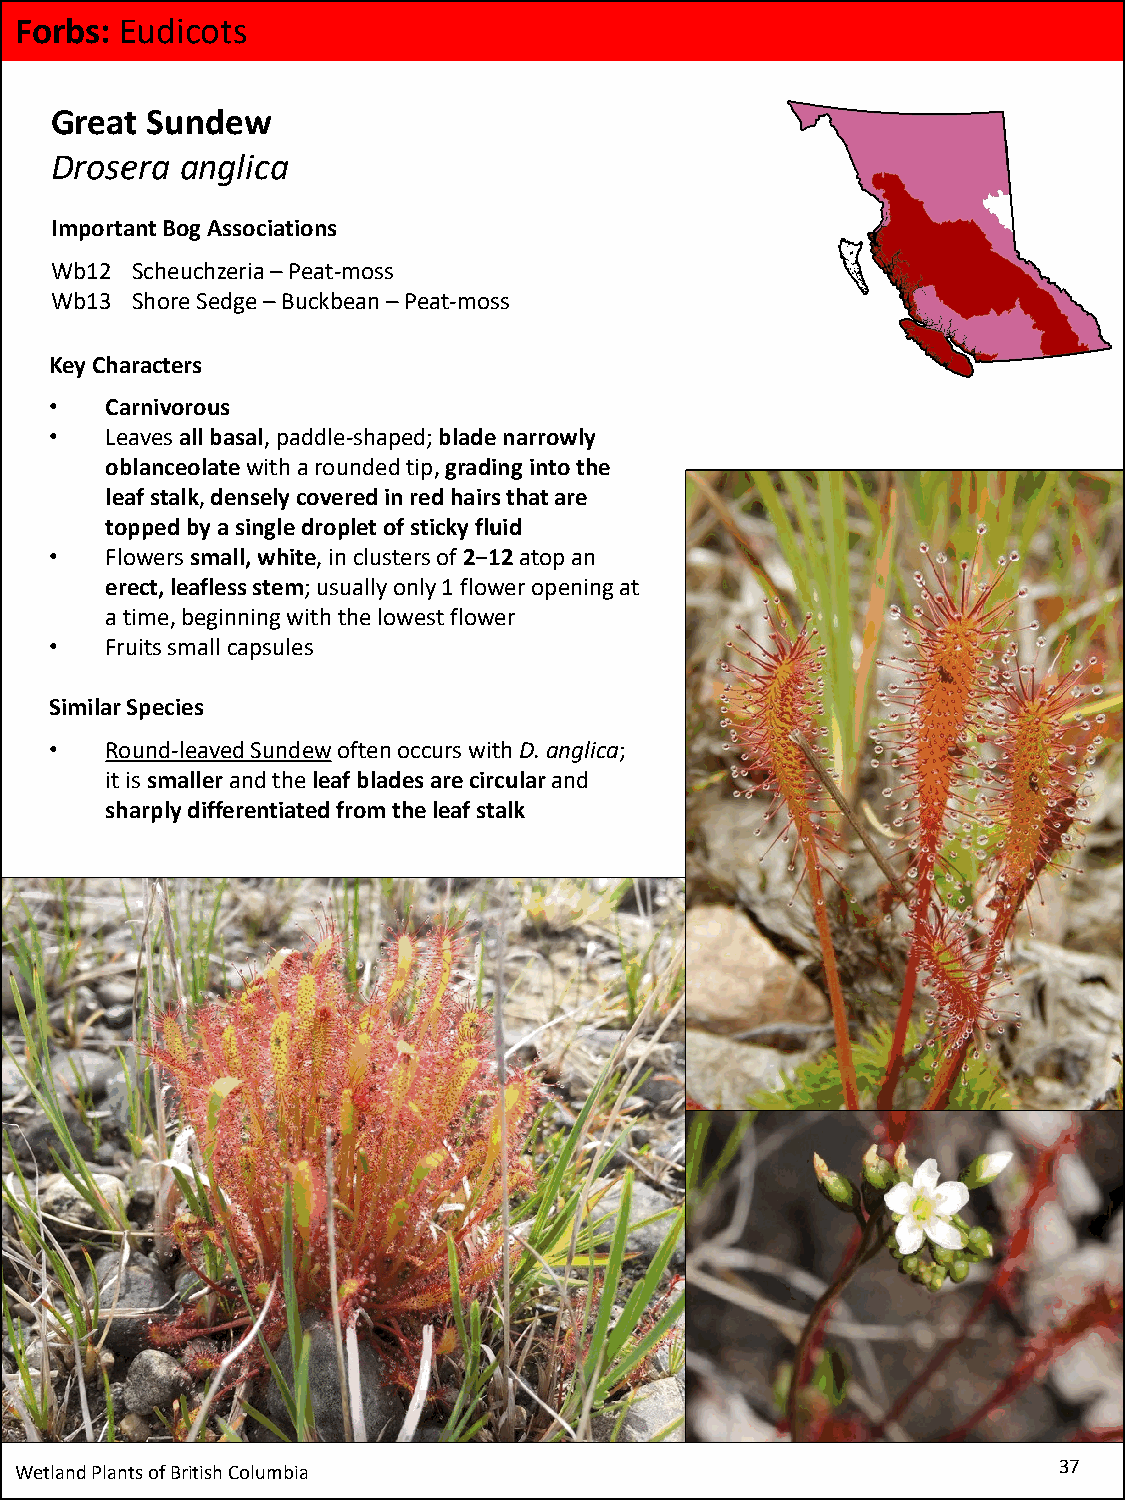
Forbs: Eudicots
 Great  Sundew
 Drosera  anglica
 Important Bog Associations
 Wb12  Scheuchzeria–Peat-moss
 Wb13  Shore Sedge –Buckbean –Peat-moss
 Key Characters
 •   Carnivorous
 •   Leaves all basal, paddle-shaped; blade narrowly
 oblanceolatewith a rounded tip, grading into the
 leaf stalk, densely covered in red hairs that are
 topped by a single droplet of sticky fluid
 •   Flowers small, white, in clusters of 2−12atop an
 erect, leafless stem; usually only 1 flower opening at
 a time, beginning with the lowest flower
 •   Fruits small capsules
 Similar Species
 •   Round-leaved Sundewoften occurs with D. anglica;
 it is smaller and the leaf blades are circular and
 sharply differentiated from the leaf stalk
 Wetland Plants of British Columbia                                   37